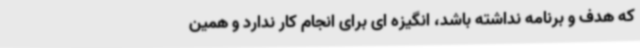
که هدف و برنامه نداشته باشد، انگیزه ای برای انجام کار ندارد و همین